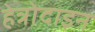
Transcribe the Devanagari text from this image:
हेत्रोदाइन